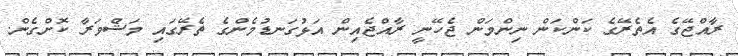
ރާއްޖޭގެ އެތެރޭގެ ކަންކަން ނިންމަން ޖެހޭނީ ރާއްޖެއިން އަޅުގަނޑުމެންގެ ތެރޭގައި މަޝްވަރާ ކޮށްގެން.